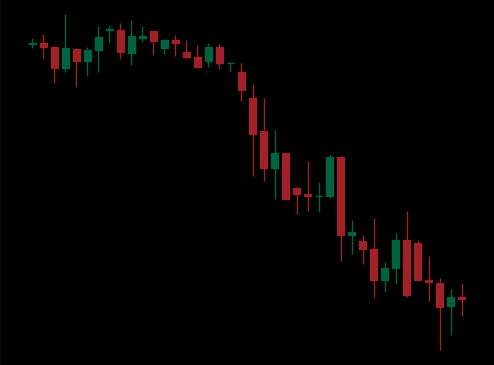
Pattern: unclassified